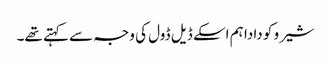
شیرو کو دادا ہم اسکے ڈیل ڈول کی وجہ سے کہتے تھے۔